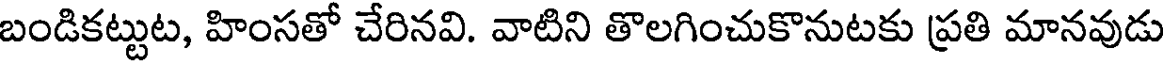
బండికట్టుట, హింసతో చేరినవి. వాటిని తొలగించుకొనుటకు ప్రతి మానవుడు